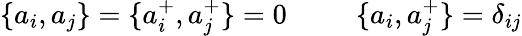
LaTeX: \{ a_{i},a_{j}\} =\{ a_{i}^{+},a_{j}^{+}\} =0\; \; \; \; \; \: \; \; \; \{ a_{i},a_{j}^{+}\} =\delta_{ij}